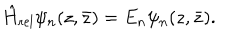
\hat { H } _ { \mathrm { r e l } } \psi _ { n } ( z , \bar { z } ) = E _ { n } \psi _ { n } ( z , \bar { z } ) .